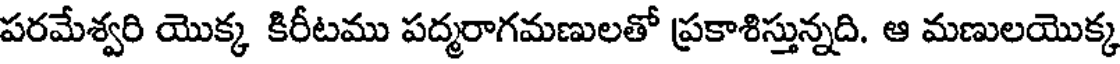
పరమేశ్వరి యొక్క కిరీటము పద్మరాగమణులతో ప్రకాశిస్తున్నది. ఆ మణులయొక్క